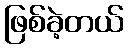
ဖြစ်ခဲ့တယ်